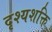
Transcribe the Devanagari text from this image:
दृश्यशक्ति